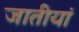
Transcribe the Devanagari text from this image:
जातीयां